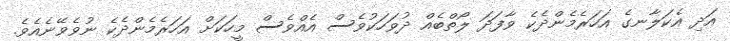
އަދި އެކަލާނގެ އަހަރެމެންދެކެ ވާފަދަ ލޯތްބެއް ދުވަހަކުވެސް އެއްވެސް މީހަކަށް އަހަރެމެންދެކެ ނުވެވޭނެއެވެ.